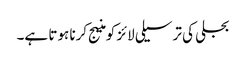
بجلی کی ترسیلی لائز کو منیج کرنا ہوتا ہے۔